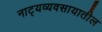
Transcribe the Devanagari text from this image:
नाट्यव्यवसायातील